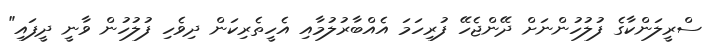
ސްރީލަންކާގެ ފުލުހުންނަށް ދޭންޖެހޭ ފުރިހަމަ އެއްބާރުލުމާއި އެހީތެރިކަން ދިވެހި ފުލުހުން ވާނީ ދީފައި"